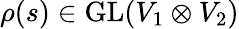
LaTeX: \rho(s)\in{\mathrm{GL}}(V_{1}\otimes V_{2})